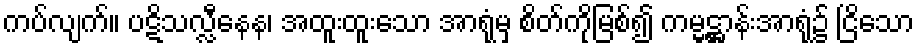
ကပ်လျက်။ ပဋိသလ္လီနေန၊ အထူးထူးသော အာရုံမှ စိတ်ကိုမြစ်၍ ကမ္မဋ္ဌာန်းအာရုံ၌ ငြိသော